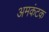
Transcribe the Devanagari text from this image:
अमकंटक